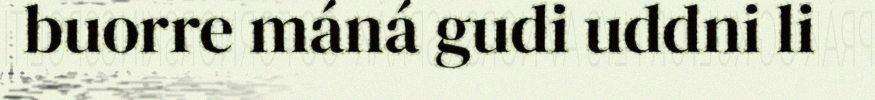
buorre máná gudi uddni li